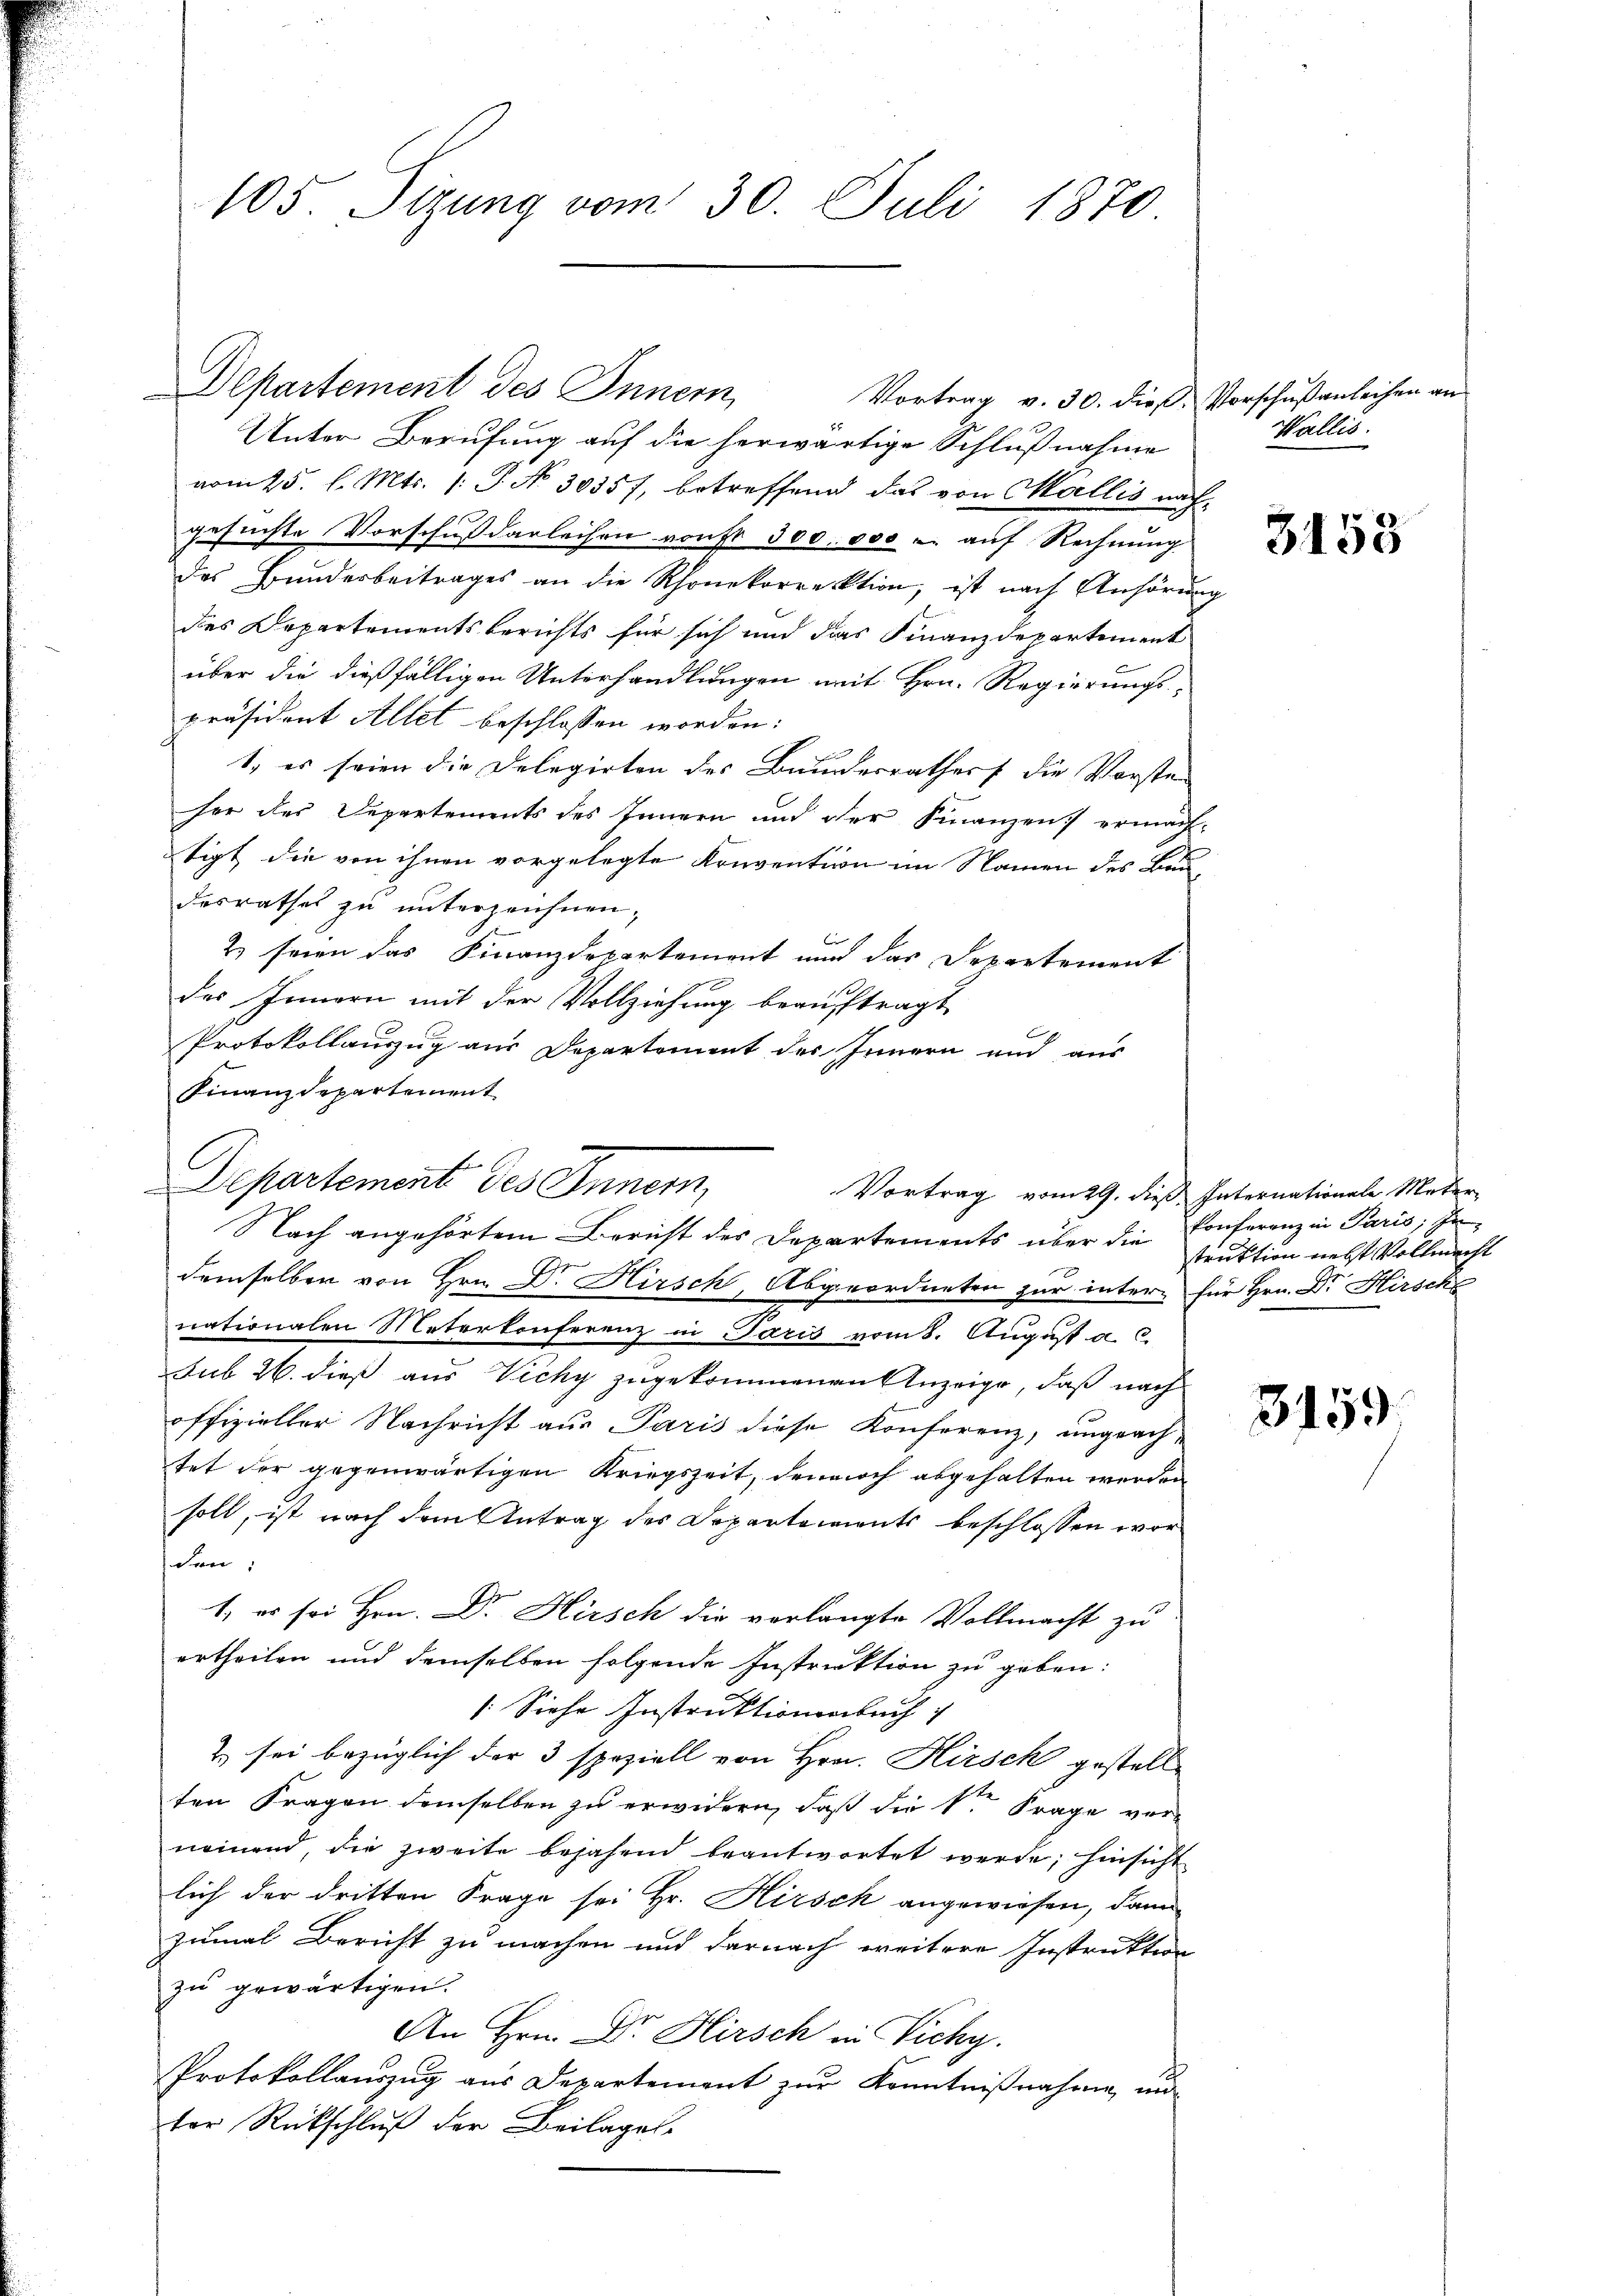
Departement des Innern,
Vortrag v. 30. dieß Vorschußanleihen an
Unter Berufung auf die herwärtige Schlußnahme
vom 25. l. Mts. (: P. No 30357, betreffend das von Wallis nach
gesuchte Vorschußdarleihen von 300. 000 - auf Rechnung
das Bunderbeitrages an die Rhonekorrektion, ist nach Anhörŭng
des Departementsberichts für sich und das Finanzdepartement
über die dießfälligen Unterhandlungen mit Hrn. Regierungs-
präsident Allet beschlossen worden:
1. es seien die Delegirten des Bunderrathes die Vorsten

her des Departements des Innern und der Finanzen ermach-
tigt die von ihnen vorgelegte Konvention im Namen des Baudesrathes zu unterzeichnen,
2) seien das Finanzdepartement und das Departement
des Innern mit der Vollziehung beauftragt
Protokollauszug aus Departement des Innern und aus
Finanzdepartement
demselben von Hrn. Dr. Hirsch, Abgeordneten zur inter für Hrn. Dr Hirsche
nationalen Meterkonferenz in Paris vom 8. August a. c.
sub 26. dieß aus Vichy zugekommenen Anzeige, daß nach
offizieller Nachricht aus Paris diese Konferenz, ungeach-
tet der gegenwärtigen Kriegszeit, dennoch abgehalten werden
soll, ist nach dem Antrag des Departements beschlossen worden:
1., es sei Hrn. Dr. Hirsch die verlangte Vollmacht zu
ertheilen und demselben folgende Instruktion zu geben:
: Siehe Instruktionenbuch
2) sei bezüglich der 3 speziell von Hrn. Hirsch gestell
ten Fragen demselben zu erwidern, daß die k. Frage ver-
neinend, die zweite bejahend beantwortet werde; hinsicht
lich der dritten Frage sei Hr. Hirsch angewiesen, dann
zumal Bericht zu machen und darnach weitere Instruktion
zu gewärtigen.
An Hrn. Dr. Hirsch in Vichy.
Protokollauszug aus Departement zur Kenntnißnahme, un
ter Rückschluß der Beilages

105. Sizung vom 30. Juli 1870

1
Departement des Innern,
Vortrag vom 29. dieß Internationale Meter
Nach angehörtem Bericht des Departements über die

Wallis.

u

3153

konferenz in Paris; In-
struktion nebst Vollmacht

3159